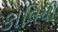
કાલિચી